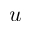
u